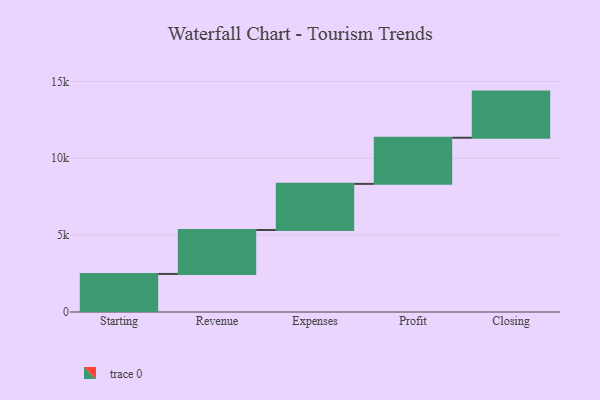
{"axis": {"x": "Step", "y": "Value"}, "legend": [""], "data": [{"x": "Starting", "y": 2475.0, "type": ""}, {"x": "Revenue", "y": 2857.0, "type": ""}, {"x": "Expenses", "y": 3000, "type": ""}, {"x": "Profit", "y": 3000, "type": ""}, {"x": "Closing", "y": 3000, "type": ""}]}